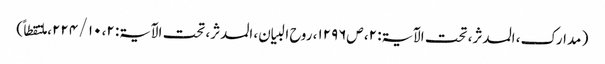
( مدارک، المدثر، تحت الآیۃ: ۲، ص۱۲۹۶، روح البیان، المدثر، تحت الآیۃ: ۲، ۱۰ / ۲۲۴، ملتقطاً)